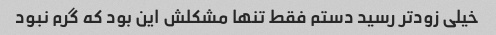
خیلی زودتر رسید دستم فقط تنها مشکلش این بود که گرم نبود